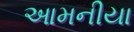
આમનીયા